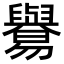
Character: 𦦸